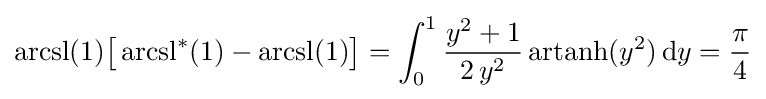
\operatorname {arcsl} (1){\bigl [}\operatorname {arcsl} ^{*}(1)-\operatorname {arcsl} (1){\bigr ]}=\int _{0}^{1}{\frac {y^{2}+1}{2\,y^{2}}}\operatorname {artanh} (y^{2})\,\mathrm {d} y={\frac {\pi }{4}}